Document type: Enfranchisement
Year: 1297
Scribe: Jaume de Trilla
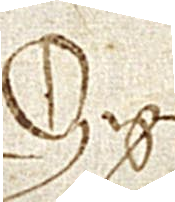
Sig